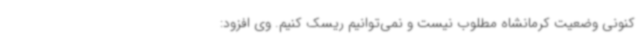
کنونی وضعیت کرمانشاه مطلوب نیست و نمی‌توانیم ریسک کنیم. وی افزود: